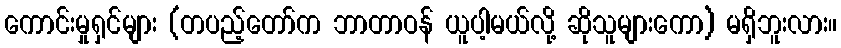
ကောင်းမှုရှင်များ (တပည့်တော်က ဘာတာဝန် ယူပါ့မယ်လို့ ဆိုသူများကော) မရှိဘူးလား။